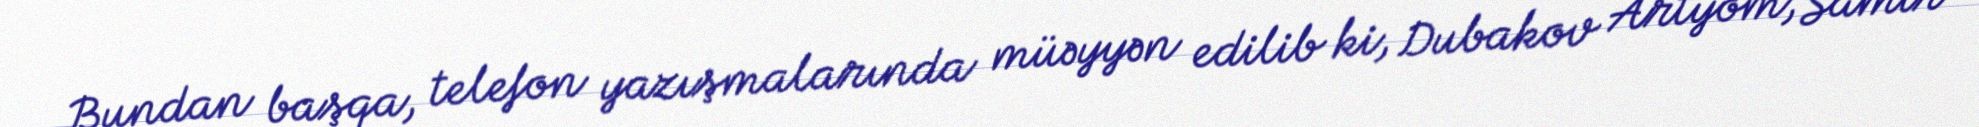
Bundan başqa, telefon yazışmalarında müəyyən edilib ki, Dubakov Artyom, Samir